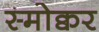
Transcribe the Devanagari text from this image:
स्मोक्वर